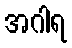
အဂါရ